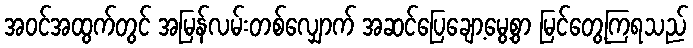
အဝင်အထွက်တွင် အမြန်လမ်းတစ်လျှောက် အဆင်ပြေချော့မွေ့စွာ မြင်တွေ့ကြရသည်